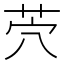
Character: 茓